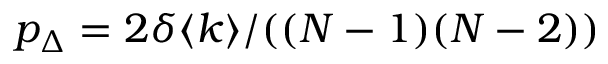
p _ { \Delta } = 2 \delta \langle k \rangle / ( ( N - 1 ) ( N - 2 ) )